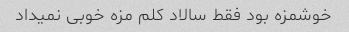
خوشمزه بود فقط سالاد کلم مزه خوبی نمیداد